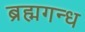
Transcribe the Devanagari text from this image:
ब्रह्मगन्ध